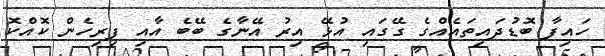
ހައިފާ ބޮޑުދައިތައެއްގެ ގޭގައި އުޅޭ އިރު އޭނާގެ ބޭބެ އާއި ފިރިހެން ކޮއްކޮ